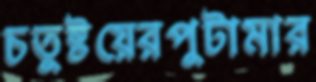
চতুষ্টয়েরপুটামার